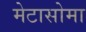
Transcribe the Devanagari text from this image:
मेटासोमा